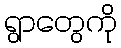
ရွာတွေကို